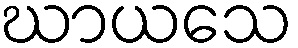
ဃာယသေ